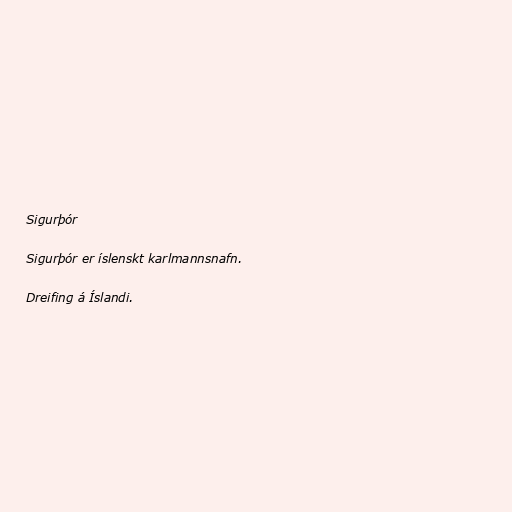
Sigurþór

Sigurþór er íslenskt karlmannsnafn.

Dreifing á Íslandi.